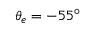
\theta _ { e } = - 5 5 ^ { \circ }